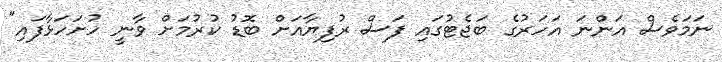
ނަމަވެސް އަންނަ އަހަރުގެ ބަޖެޓުގައި ފަސް ރުފިޔާއަށް ބޮޑު ކުރުމަށް ވާނީ ހުށަހަޅާފައި"